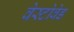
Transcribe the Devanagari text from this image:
वेस्टोवेड